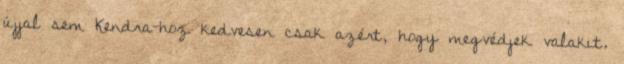
újjal sem Kendra-hoz kedvesen csak azért, hogy megvédjek valakit.